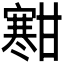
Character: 𫴐